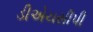
ડીએચસીપી